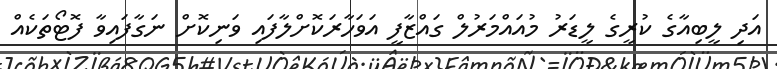
އަދި ލީބިއާގެ ކުރީގެ ލީޑަރު މުއައްމަރުލް ގައްޒާފީ އަވަހާރަކޮށްލާފައި ވަނިކޮށް ނަގާފައިވާ ފޮޓޯތަކެއް